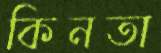
কিনতা